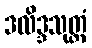
ဒလိဒ္ဒသုတ္တံ